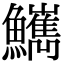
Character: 𩽌